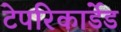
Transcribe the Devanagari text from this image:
टेपरिकार्डेड